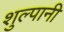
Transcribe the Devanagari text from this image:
शुल्पानी